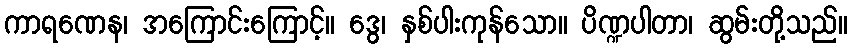
ကာရဏေန၊ အကြောင်းကြောင့်။ ဒွေ၊ နှစ်ပါးကုန်သော။ ပိဏ္ဍပါတာ၊ ဆွမ်းတို့သည်။